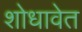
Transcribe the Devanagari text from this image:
शोधावेत